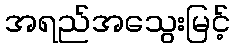
အရည်အသွေးမြင့်